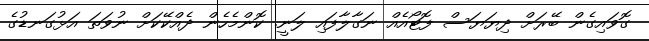
ގޮވައިގެން ބޭރަށް ދިޔަޔަސް ފޮޓޯއެއް ނަގާލާފައި ލަނީ. ކޮންމެހެން ދެއްކޭކަށް ނުވަތަ އަޅުގަނޑުގެ